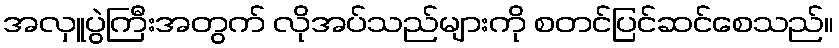
အလှူပွဲကြီးအတွက် လိုအပ်သည်များကို စတင်ပြင်ဆင်စေသည်။